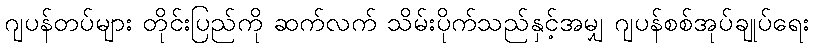
ဂျပန်တပ်များ တိုင်းပြည်ကို ဆက်လက် သိမ်းပိုက်သည်နှင့်အမျှ ဂျပန်စစ်အုပ်ချုပ်ရေး